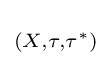
\scriptstyle (X,\tau ,\tau ^{*})